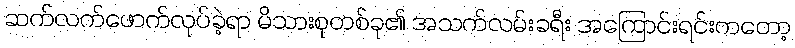
ဆက်လက်ဖောက်လုပ်ခဲ့ရာ မိသားစုတစ်ခု၏ အသက်လမ်းခရီး အကြောင်းရင်းကတော့